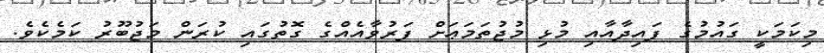
މިކަމަކީ ގައުމުގެ ފައިދާއާއި މުޅި މުޖުތަމަޢަށް ފަރުވާއެއްގެ ގޮތުގައި ކުރަން މަޖުބޫރު ކަމެކެވެ.